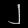
Digit: ၂